Calcutta medical institutions reports 1871-78
Year: 1871
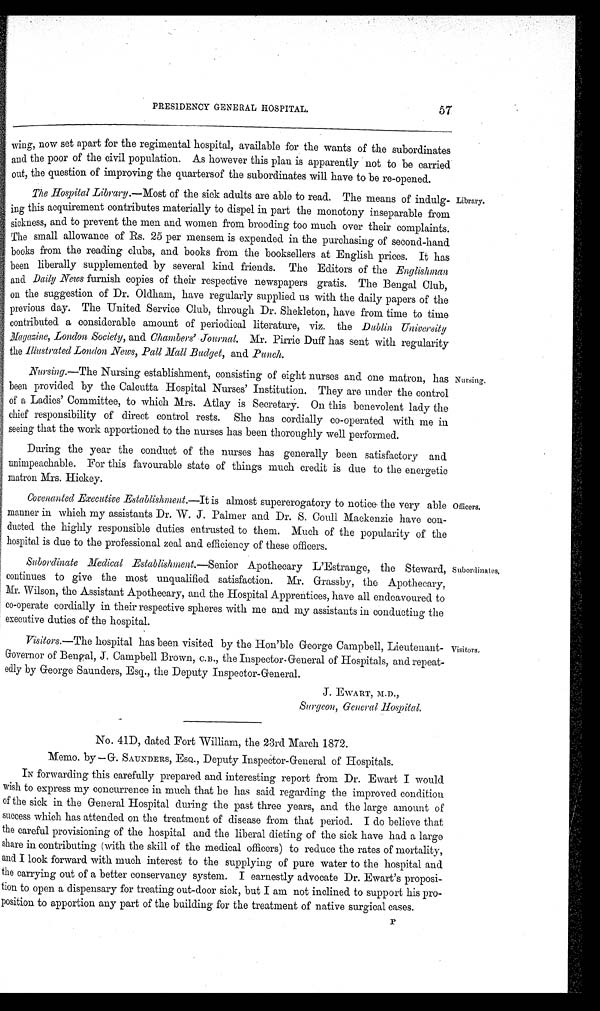
57
PRESIDENCY GENERAL HOSPITAL.
wing, now set apart for the regimental hospital, available for the wants of the subordinates
and the poor of the civil population. As however this plan is apparently not to be carried
out, the question of improving the quartersof the subordinates will have to be re-opened.
The Hospital Library .—Most of the sick adults are able to read. The means of indulg-
ing this acquirement contributes materially to dispel in part the monotony inseparable from
sickness, and to prevent the men and women from brooding too much over their complaints.
The small allowance of Rs. 25 per mensem is expended in the purchasing of second-hand
books from the reading clubs, and books from the booksellers at English prices. It has
been liberally supplemented by several kind friends. The Editors of the Englishman
and Daily News furnish copies of their respective newspapers gratis. The Bengal Club,
on the suggestion of Dr. Oldham, have regularly supplied us with the daily papers of the
previous day. The United Service Club, through Dr. Shekleton, have from time to time
contributed a considerable amount of periodical literature, viz. the Dublin University
Magasine, London Society, and Chambers' Journal. Mr. Pirrie Duff has sent with regularity
the Illustrated London News, Pall Mall Budget , and Punch.
Nursing.—The Nursing establishment, consisting of eight nurses and one matron, has
been provided by the Calcutta Hospital Nurses' Institution. They are under the control
of a Ladies' Committee, to which Mrs. Atlay is Secretary. On this benevolent lady the
chief responsibility of direct control rests. She has cordially co-operated with me in
seeing that the work apportioned to the nurses has been thoroughly well performed.
During the year the conduct of the nurses has generally been satisfactory and
unimpeachable. For this favourable state of things much credit is due to the energetic
matron Mrs. Hickey.
Covenanted Executive Establishment.—It is almost supererogatory to notice the very able
manner in which my assistants Dr. W. J. Palmer and Dr. S. Coull Mackenzie have con-
ducted the highly responsible duties entrusted to them. Much of the popularity of the
hospital is due to the professional zeal and efficiency of these officers.
Subordinate Medical Establishment.—Senior Apothecary L'Estrange, the Steward,
continues to give the most unqualified satisfaction. Mr. Grassby, the Apothecary,
Mr. Wilson, the Assistant Apothecary, and the Hospital Apprentices, have all endeavoured to
co-operate cordially in their respective spheres with me and my assistants in conducting the
executive duties of the hospital.
Visitors .—The hospital has been visited by the Hon'ble George Campbell, Lieutenant-
Governor of Bengal, J. Campbell Brown, C .B., the Inspector- General of Hospitals, and repeat-
edly by George Saunders, Esq., the Deputy Inspector-General.
J. EWART, M.D.,
Surgeon, General Hospital.
No. 41D, dated Fort William, the 23rd March 1872.
Memo. by — G. SAUNDERS, ESQ., Deputy Inspector-General of Hospitals.
IN forwarding this carefully prepared and interesting report from Dr. Ewart I would
wish to express my concurrence in much that he has said regarding the improved condition
of the sick in the General Hospital during the past three years, and the large amount of
success which has attended on the treatment of disease from that period. I do believe that
the careful provisioning of the hospital and the liberal dieting of the sick have had a large
share in contributing (with the skill of the medical officers) to reduce the rates of mortality,
and I look forward with much interest to the supplying of pure water to the hospital and
the carrying out of a better conservancy system. I earnestly advocate Dr. Ewart's proposi-
tion to open a dispensary for treating out-door sick, but I am not inclined to support his pro-
position to apportion any part of the building for the treatment of native surgical cases.
Library.
Nursing.
Officers.
Subordinates,
Visitors.
P